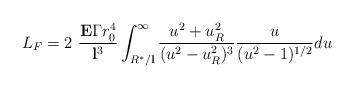
LaTeX: \begin{align*}L_F= 2\ \frac{{\bf E}\Gamma r_0^4}{{\bf l}^3}\int_{R^*/{\bf l}}^\infty \frac{u^2+u_R^2}{(u^2-u_R^2)^3}\frac{u }{(u^2-1)^{1/2}}du\end{align*}